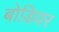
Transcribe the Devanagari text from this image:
बोडियर